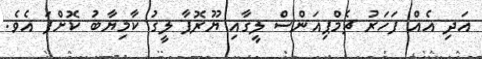
އަދި އެއް ފަހަރު ޗެމްޕިއަންސް ލީގާއި ޔޫރޮޕާ ލީގު ކާމިޔާބު ކޮށްފަ އެވެ.